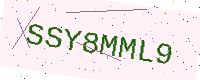
Text: SSY8MML9